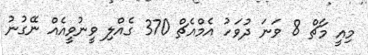
މިއީ މާޗް 8 ވަނަ ދުވަހު އެމްއެޗް 370 ގެއްލި ވީނުވީއެއް ނޭގުނު